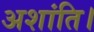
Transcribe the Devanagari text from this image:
अशांति।